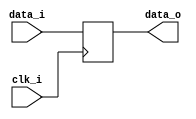
module bsg_dff_width_p45
(
  clk_i,
  data_i,
  data_o
);

  input [44:0] data_i;
  output [44:0] data_o;
  input clk_i;
  reg [44:0] data_o;

  always @(posedge clk_i) begin
    if(1'b1) begin
      { data_o[44:0] } <= { data_i[44:0] };
    end
  end


endmodule